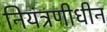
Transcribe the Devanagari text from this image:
नियंत्रणीधीन